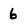
Character: 6